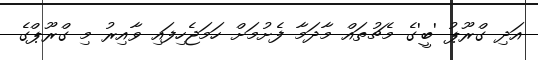
އަދި ގްރޫޕު 'ބީ'ގެ މެޗުތައް މާދަމާ ފެށުމަށް ހަމަޖެހިފައި ވާއިރު މި ގްރޫޕްގެ